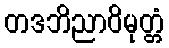
တဒဘိညာဝိမုတ္တံ